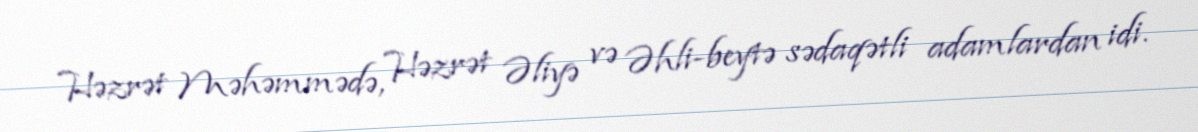
Həzrət Məhəmmədə, Həzrət Əliyə və Əhli-beytə sədaqətli adamlardan idi.